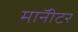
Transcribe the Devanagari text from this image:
माॅनीटर